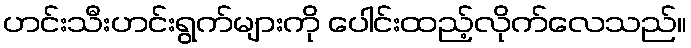
ဟင်းသီးဟင်းရွက်များကို ပေါင်းထည့်လိုက်လေသည်။